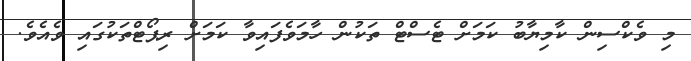
މި ވެކްސިން ކާމިޔާބު ކަމަށް ޓެސްޓް ތަކުން ހާމަވެފައިވާ ކަމަށް ރިޕޯޓްތަކުގައި ވެއެވެ.